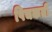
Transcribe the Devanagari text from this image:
पिचकती